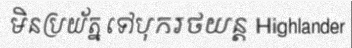
មិនប្រយ័ត្ន ទៅបុករថយន្ត Highlander